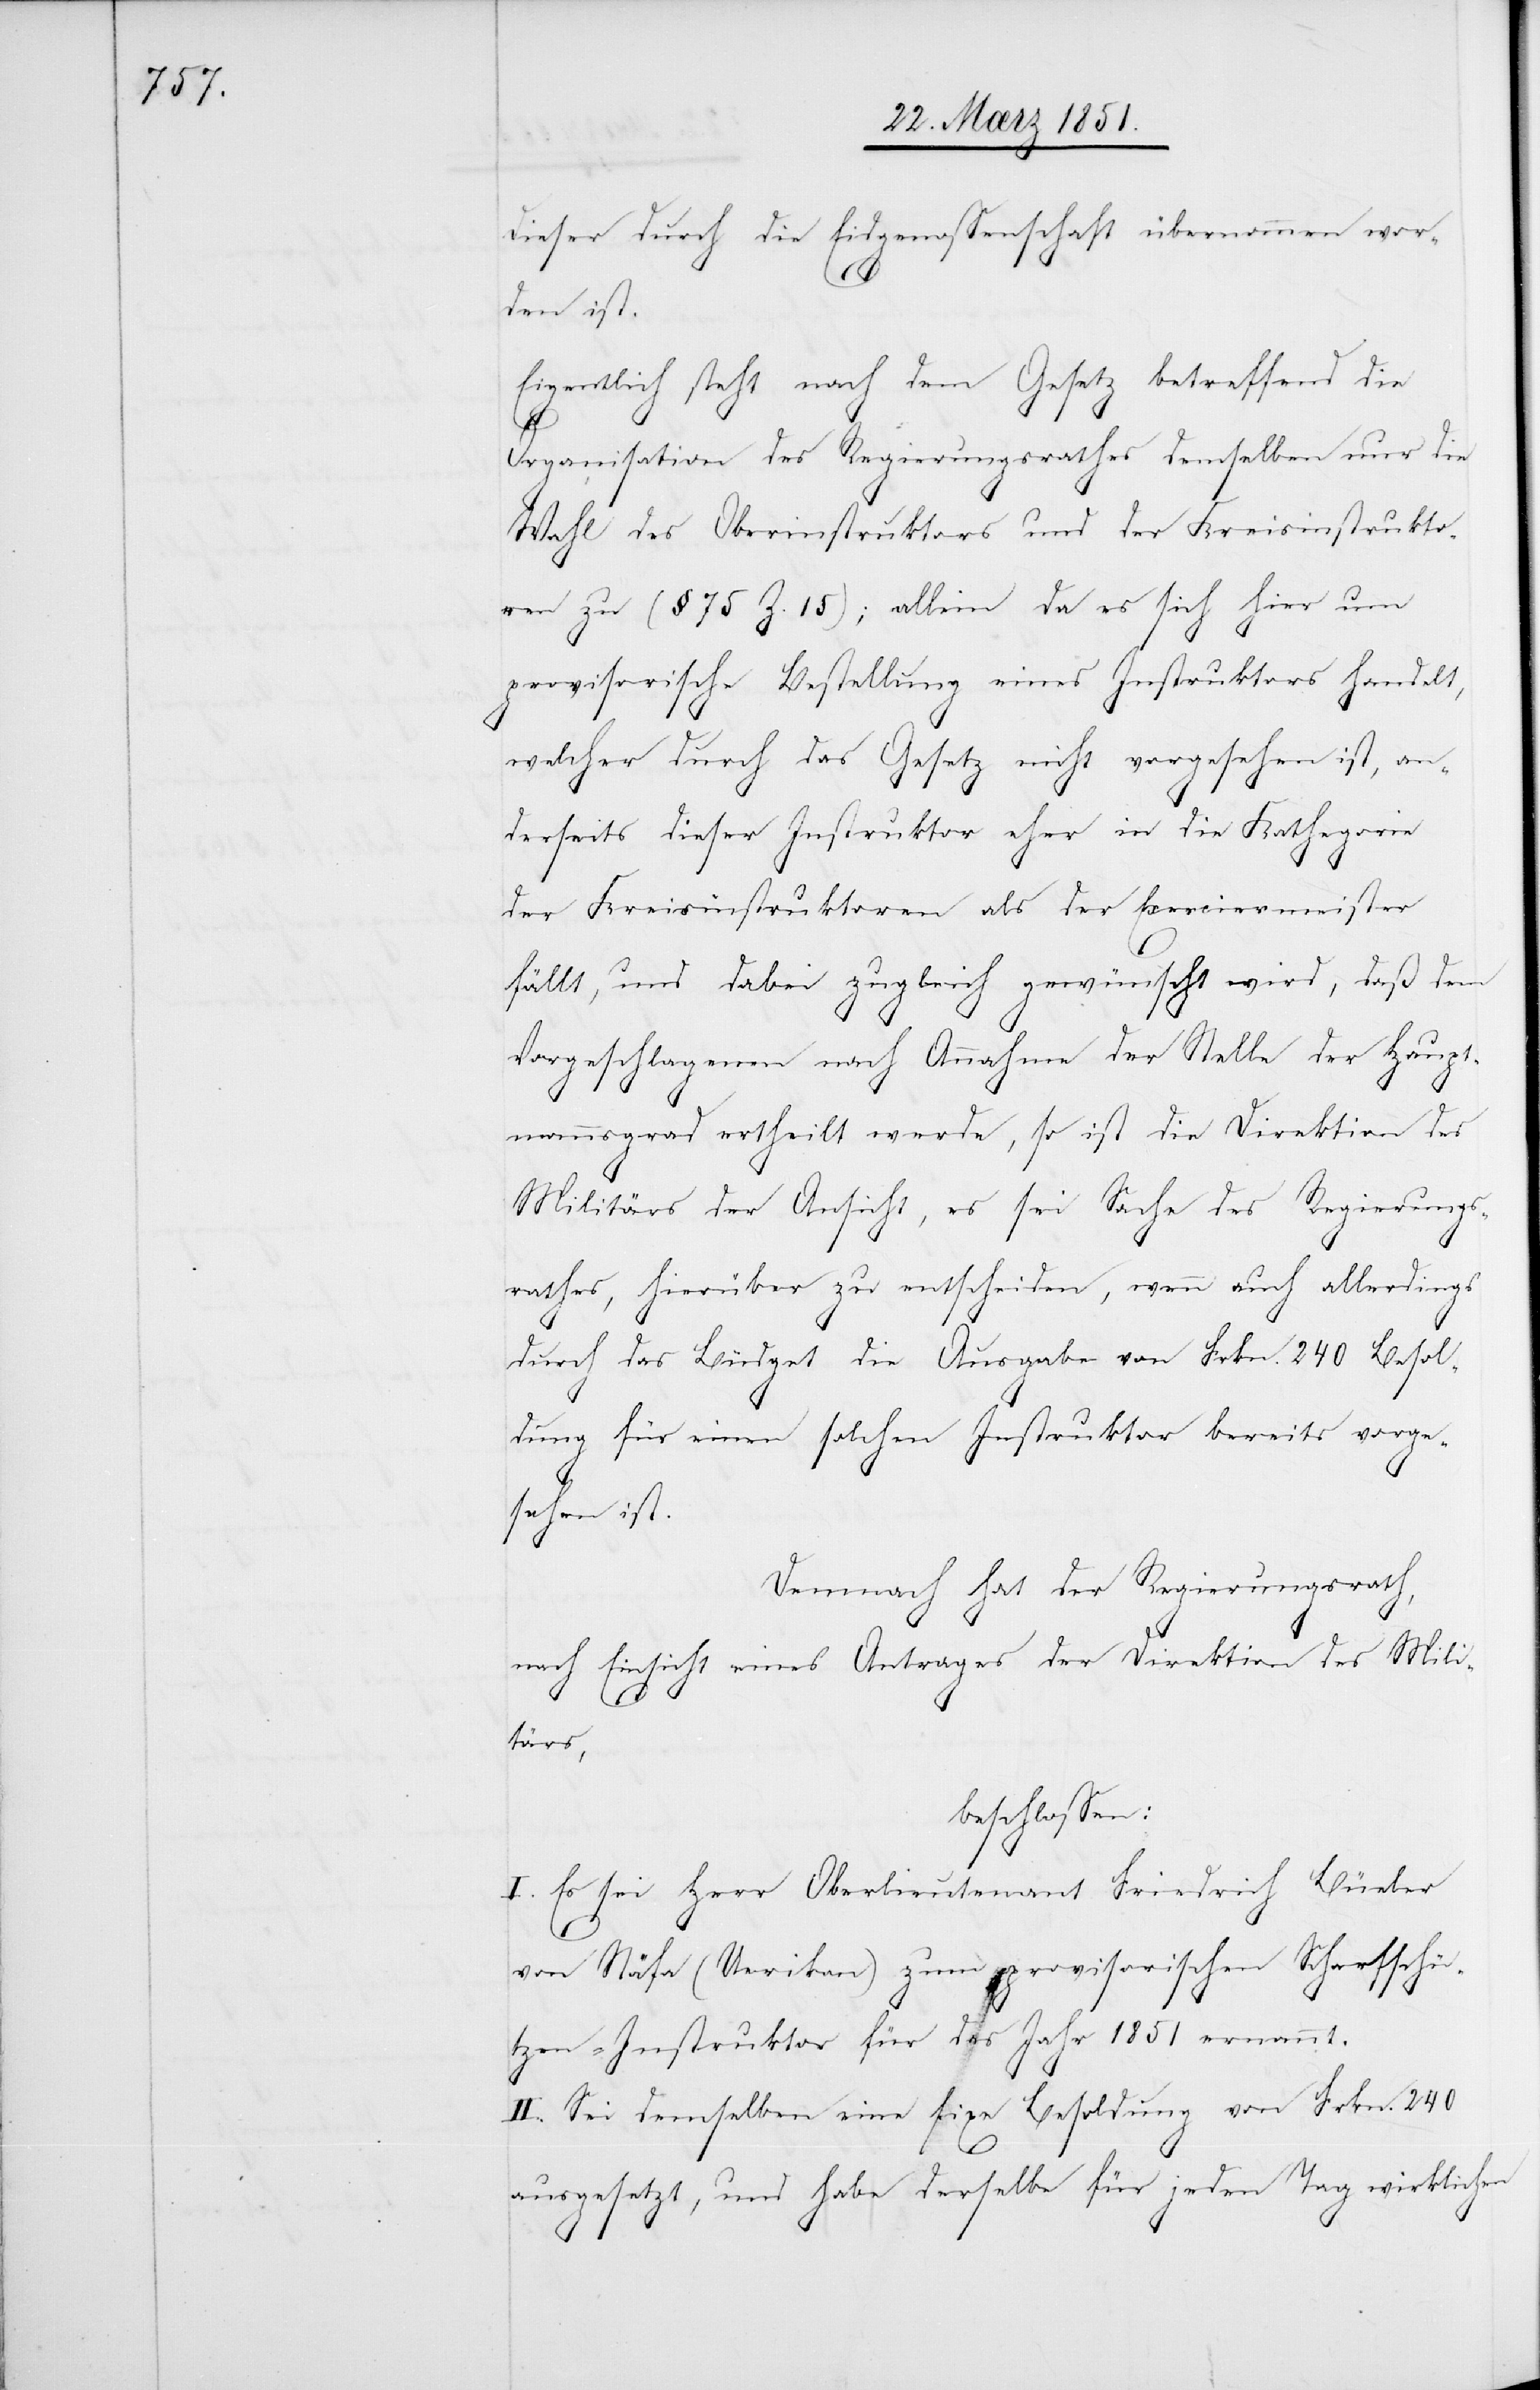
dieser durch die Eidgenossenschaft übernommen wor¬
den ist.
Eigentlich steht nach dem Gesetz betreffend die
Organisation des Regierungsrathes demselben nur die
Wahl des Oberinstruktors und der Kreisinstrukto¬
ren zu (§ 75 Z. 15); allein da es sich hier um
provisorische Bestellung eines Instruktors handelt,
welcher durch das Gesetz nicht vorgesehen ist, an¬
derseits dieser Instruktor eher in die Kathegorie
der Kreisinstruktoren als der Exerciermeister
fällt, und dabei zugleich gewünscht wird, daß dem
Vorgeschlagenen nach Annahme der Stelle der Haupt¬
mannsgrad ertheilt werde, so ist die Direktion des
Militärs der Ansicht, es sei Sache des Regierungs¬
rathes, hierüber zu entscheiden, wenn auch allerdings
durch das Büdget die Ausgabe von Frkn. 240 Besol¬
dung für einen solchen Instruktor bereits vorge¬
sehen ist.
Demnach hat der Regierungsrath,
nach Einsicht eines Antrages der Direktion des Mili¬
tärs,
beschlossen:
I. Es sei Herr Oberlieutenant Friedrich Büeler
von Stäfa (Uerikon) zum provisorischen Scharfschü¬
tzen-Instruktor für das Jahr 1851 ernannt.
II. Sei demselben eine fixe Besoldung von Frkn. 240
ausgesetzt, und habe derselbe für jeden Tag wirklichen